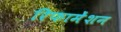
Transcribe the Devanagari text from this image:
रिफामेंशन